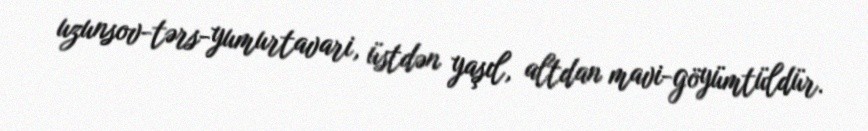
uzunsov-tərs-yumurtavari, üstdən yaşıl, altdan mavi-göyümtüldür.